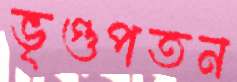
ভৃগুপতন